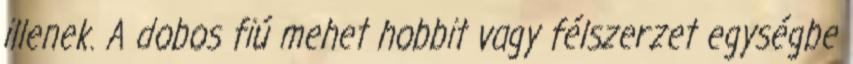
illenek. A dobos fiú mehet hobbit vagy félszerzet egységbe